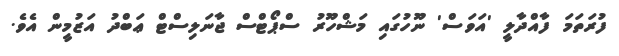
ފުރަތަމަ ފާއްދާލީ 'އަވަސް' ނޫހުގައި މަޝްހޫރު ސްޕޯޓްސް ޖާނަލިސްޓް ޢަބްދު އަޒުމީން އެވެ.